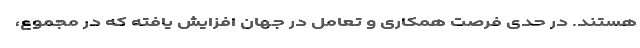
هستند. در حدی فرصت همکاری و تعامل در جهان افزایش یافته که در مجموع،